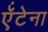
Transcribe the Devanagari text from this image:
ऍंटेना